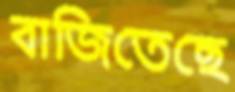
বাজিতেছে